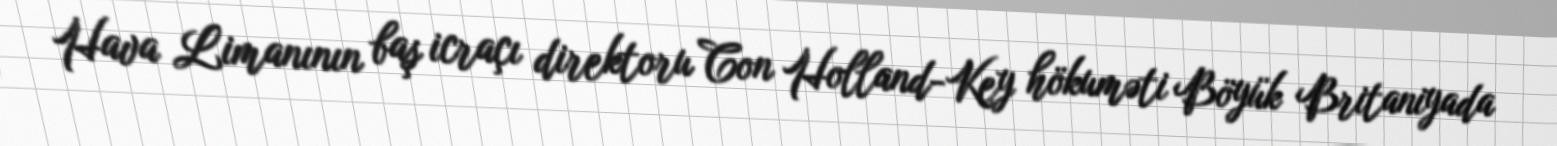
Hava Limanının baş icraçı direktoru Con Holland-Key hökuməti Böyük Britaniyada